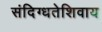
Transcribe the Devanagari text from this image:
संदिग्धतेशिवाय